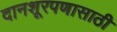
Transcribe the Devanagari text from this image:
दानशूरपणासाठी